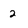
Character: 2